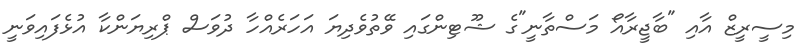
މިސީރީޒް އާއި "ބާޖީރާއޯ މަސްތާނީ"ގެ ޝޫޓިންގައި ވޭތުވެދިޔަ އަހަރެއްހާ ދުވަސް ޕްރިޔަންކާ އުޅެފައިވަނީ